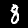
Label: 8